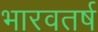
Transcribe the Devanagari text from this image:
भारवतर्ष